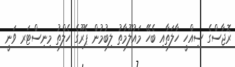
ރޮޖާސްގެ ސިއްހީ ހާލަތާއި ބެހޭ މައުލޫމާތު ލިބުމުން ޕެރޫގެ ހެލްތު މިނިސްޓަރ ވަނީ